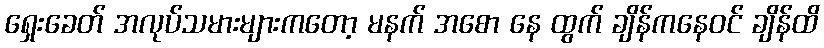
ရှေးခေတ် အလုပ်သမားများကတော့ မနက် အစော နေ ထွက် ချိန်ကနေဝင် ချိန်ထိ